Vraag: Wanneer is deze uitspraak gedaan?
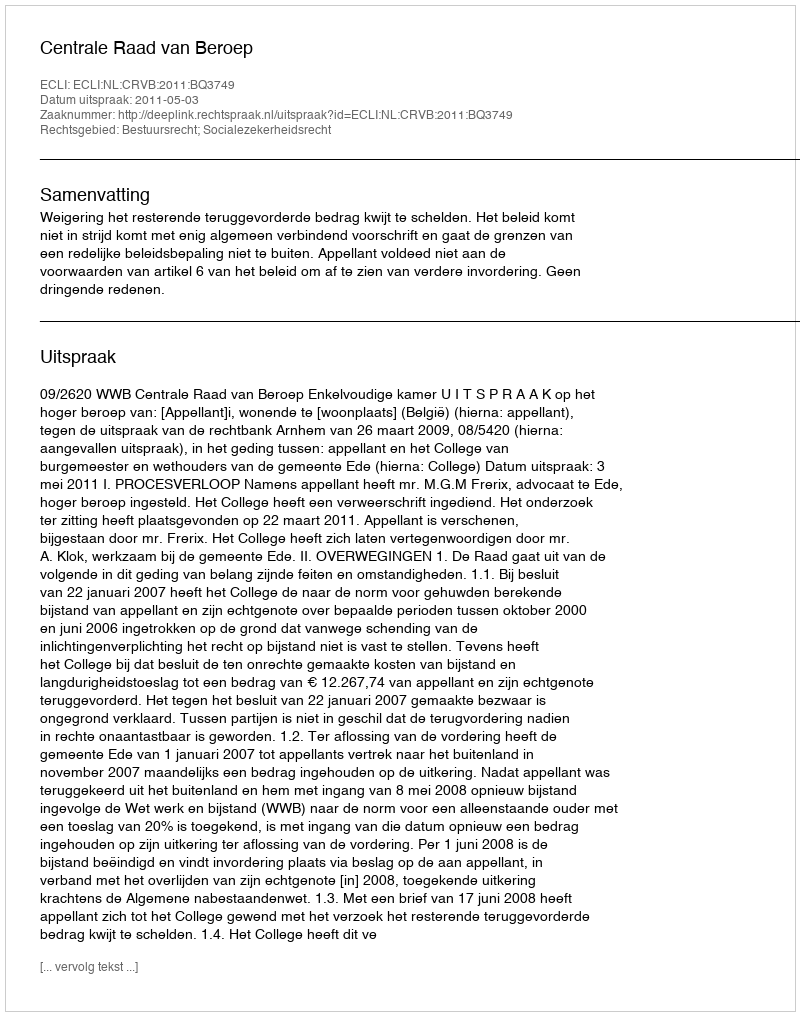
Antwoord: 2011-05-03